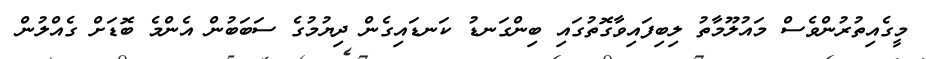
މީގެއިތުރުންވެސް މައުލޫމާތު ލިބިފައިވާގޮތުގައި ބިންގަނޑު ކަނޑައިގެން ދިޔުމުގެ ސަބަބުން އެންމެ ބޮޑަށް ގެއްލުން